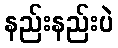
နည်းနည်းပဲ